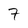
Character: 7